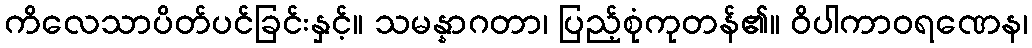
ကိလေသာပိတ်ပင်ခြင်းနှင့်။ သမန္နာဂတာ၊ ပြည့်စုံကုတန်၏။ ဝိပါကာဝရဏေန၊